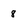
Character: 8